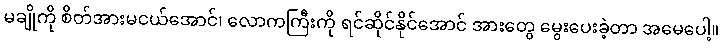
မချိုကို စိတ်အားမငယ်အောင်၊ လောကကြီးကို ရင်ဆိုင်နိုင်အောင် အားတွေ မွေးပေးခဲ့တာ အမေပေါ့။